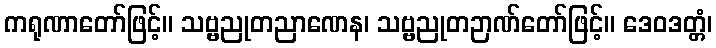
ကရုဏာတော်ဖြင့်။ သဗ္ဗညုတညာဏေန၊ သဗ္ဗညုတဉာဏ်တော်ဖြင့်။ ဒေဝဒတ္တံ၊